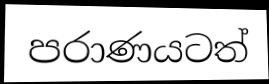
පරාණයටත්